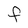
Character: f